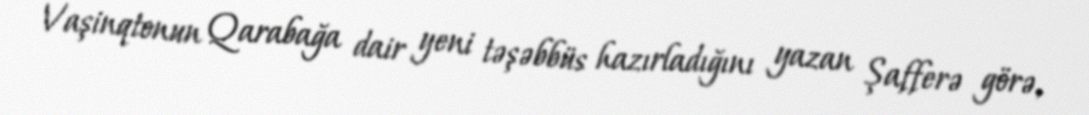
Vaşinqtonun Qarabağa dair yeni təşəbbüs hazırladığını yazan Şafferə görə,